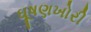
ઘૂષણખોરી